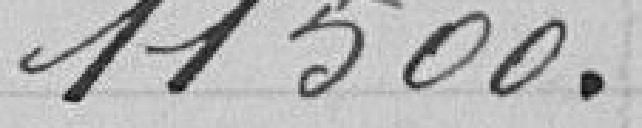
11500.